Lunatic asylums Madras 1877-1891 - 1877-1891
Year: 1877
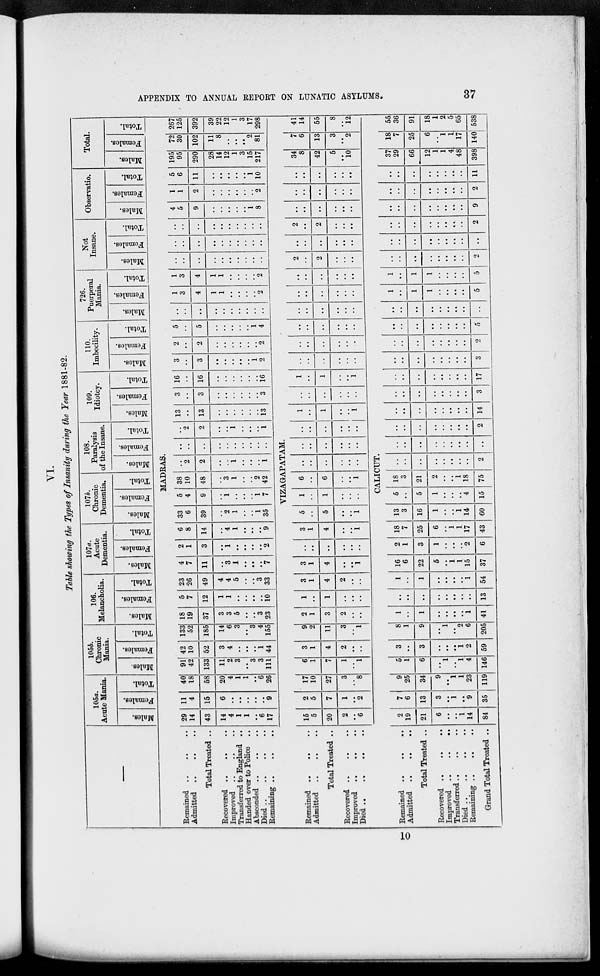
APPENDIX TO ANNUAL REPORT ON LUNATIC ASYLUMS.
37
VI.
Table showing the Types of Insanity during the Year 1881-82.
–––
105a.
Acute Mania
Males.
Females.
Total.
105b.
Chronic
Mania.
Males.
Females.
Total.
106.
Melancholia.
Males.
Females.
Total.
107a.
Acute
Dementia.
Males.
Females.
Total.
107b.
Chronic
Dementia.
Males.
Females.
Total.
108.
Paralysis
of the Insane.
Males.
Females.
Total.
109.
Idiotcy.
Males.
Females.
Total.
110.
Imbecility.
Males.
Females.
Total.
726.
Puerperal
Mania.
Males.
Females.
Total.
Not
Insane.
Males.
Females.
Total.
Observatio.
Males.
Females.
Total.
Total.
Males.
Females.
Total.
MADRAS.
Remained .. .. ..
Admitted .. .. ..
Total Treated ..
Recovered
..
..
..
Improved
..
..
..
Transferred to England ..
Handed over to Police ..
Absconded .. .. ..
Died
..
..
..
..
Remaining
..
..
..
29
14
43
14
4
1
1
..
6
17
11
4
15
6
..
..
..
..
..
9
40
18
58
20
4
1
1
..
6
26
91
42
133
11
2
3
..
3
3
111
42
10
52
3
4
..
..
..
1
44
133
52
185
14
6
3
..
3
4
155
18
19
37
3
3
5
..
..
3
23
5
7
12
1
1
..
..
..
..
10
23
26
49
4
4
5
..
..
3
33
4
7
11
..
3
1
..
..
..
7
2
1
3
..
1
..
..
..
..
2
6
8
14
..
4
1
..
..
..
9
33
6
39
..
2
1
..
..
1
35
5
4
9
..
1
..
..
..
1
7
38
10
48
..
3
1
..
..
2
42
..
2
2
..
..
1
..
..
..
1
..
..
..
..
..
..
..
..
..
..
..
2
2
..
..
1
..
..
..
1
13
..
13
..
..
..
..
..
..
13
3
..
3
..
..
..
..
..
..
3
16
..
16
..
..
..
..
..
..
16
3
..
3
..
..
..
..
..
1
2
2
..
2
..
..
..
..
..
..
2
5
..
5
..
..
..
..
..
1
4
..
..
..
..
..
..
..
..
..
..
1
3
4
1
1
..
..
..
..
2
1
3
4
1
1
..
..
..
..
2
..
..
..
..
..
..
..
..
..
..
..
..
..
..
..
..
..
..
..
..
..
..
..
..
..
..
..
..
..
..
4
5
9
..
..
..
..
..
1
8
1
1
2
..
..
..
..
..
..
2
5
6
11
..
..
..
..
..
1
10
195
95
290
28
14
12
1
3
15
217
72
30
102
11
8
..
..
..
2
81
267
125
392
39
22
12
1
3
17
298
VIZAGAPATAM.
Remained
..
..
..
Admitted .. .. ..
Total Treated ..
Recovered .. .. ..
Improved .. .. ..
Died
..
..
..
..
15
5
20
2
..
6
2
5
7
1
..
2
17
10
27
3
..
8
6
1
7
1
..
1
3
1
4
2
..
..
9
2
11
3
..
1
2
1
3
2
..
..
1
..
1
..
..
..
3
1
4
2
..
..
3
1
4
..
..
1
..
..
..
..
..
..
3
1
4
..
..
1
5
..
5
..
..
1
1
..
1
..
..
..
6
..
6
..
..
1
..
..
..
..
..
..
..
..
..
..
..
..
..
..
..
..
..
..
1
..
1
..
..
1
..
..
..
..
..
..
1
..
1
..
..
1
..
..
..
..
..
..
..
..
..
..
..
..
..
..
..
..
..
..
..
..
..
..
..
..
..
..
..
..
..
..
..
..
..
..
..
..
2
..
2
..
..
..
..
..
..
..
..
..
2
..
2
..
..
..
..
..
..
..
..
..
..
..
..
..
..
..
..
..
..
..
..
..
34
8
42
5
..
10
7
6
13
3
..
2
41
14
55
8
..
12
CALICUT.
Remained
.. .. ..
Admitted ..
..
..
Total Treated ..
Recovered .. .. ..
Improved ..
..
..
Transferred .. .. ..
Died .. .. .. ..
Remaining .. .. ..
Grand Total Treated ..
2
19
21
6
..
..
1
14
84
7
6
13
3
..
1
..
9
35
9
25
34
9
..
1
1
23
119
5
1
6
..
1
..
1
4
146
3
..
3
..
..
..
1
2
59
8
1
9
..
1
..
2
6
205
1
..
1
..
..
..
..
1
41
..
..
..
..
..
..
..
..
13
1
..
1
..
..
..
..
1
54
16
6
22
5
..
1
1
15
37
2
1
3
1
..
..
..
2
6
18
7
25
6
..
1
1
17
43
13
3
16
1
..
..
1
14
60
5
..
5
1
..
..
..
4
15
18
3
21
2
..
..
1
18
75
..
..
..
..
..
..
..
..
2
..
..
..
..
..
..
..
..
..
..
..
..
..
..
..
..
..
2
..
..
..
..
..
..
..
..
14
..
..
..
..
..
..
..
..
3
..
..
..
..
..
..
..
..
17
..
..
..
..
..
..
..
..
3
..
..
..
..
..
..
..
..
2
..
..
..
..
..
..
..
..
5
..
..
..
..
..
..
..
..
..
1
..
1
1
..
..
..
..
5
1
..
1
1
..
..
..
..
5
..
..
..
..
..
..
..
..
2
..
..
..
..
..
..
..
..
..
..
..
..
..
..
..
..
..
2
..
..
..
..
..
..
..
..
9
..
..
..
..
..
..
..
..
2
..
..
..
..
..
..
..
..
11
37
29
66
12
1
1
4
48
398
18
7
25
6
..
1
1
17
140
55
36
91
18
1
2
5
65
538
10